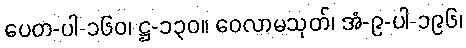
ပေတ-ပါ-၁၆၀၊ ဋ္ဌ-၁၃၀။ ဝေလာမသုတ်၊ အံ-၉-ပါ-၁၉၆၊